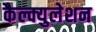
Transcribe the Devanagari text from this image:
कैल्क्युलेशन